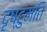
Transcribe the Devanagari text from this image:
दृष्टुमति